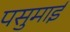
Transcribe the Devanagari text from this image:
पसुमाई